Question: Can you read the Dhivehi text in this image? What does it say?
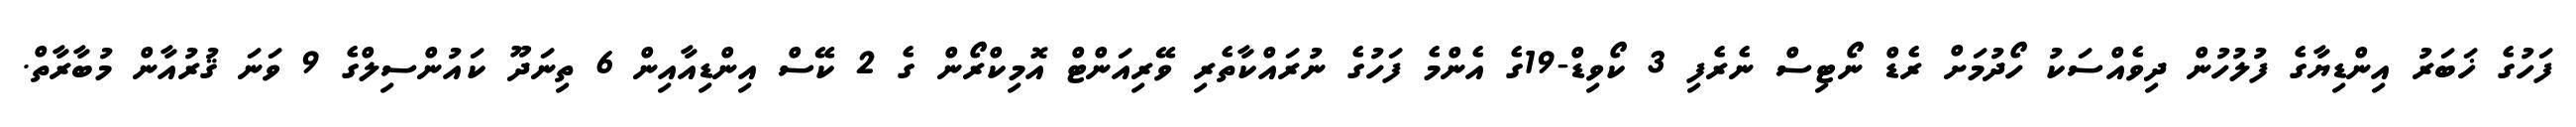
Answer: ފަހުގެ ޚަބަރު އިންޑިޔާގެ ފުލުހުން ދިވެއްސަކު ހޯދުމަށް ރެޑް ނޯޓިސް ނެރެފި 3 ކޯވިޑް-19ގެ އެންމެ ފަހުގެ ނުރައްކާތެރި ވޭރިއަންޓް އޮމިކްރޯން ގެ 2 ކޭސް އިންޑިއާއިން 6 ތިނަދޫ ކައުންސިލްގެ 9 ވަނަ ޤުރުއާން މުބާރާތް.